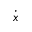
\dot { \boldsymbol x }